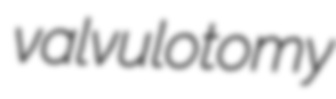
valvulotomy